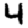
Digit: 4